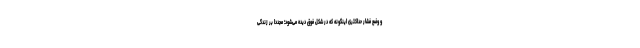
و وضع فشار حداکثری اینگونه که در شکل فوق دیده می‌شود؛ مجددا بر زندگی